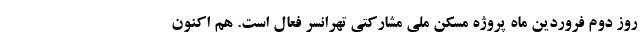
روز دوم فروردین ماه پروژه مسکن ملی مشارکتی تهرانسر فعال است. هم اکنون